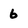
Character: 6